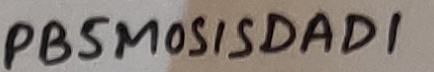
Text: PB5MOSISDAD1